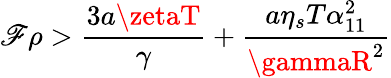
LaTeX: \mathscr{F}\rho>\frac{{3a\zetaT}}{{\gamma}}+\frac{{a\eta_{s}T\alpha_{11}^{2}}}{{\gammaR^{2}}}